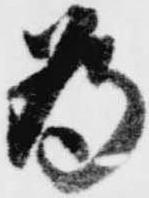
為